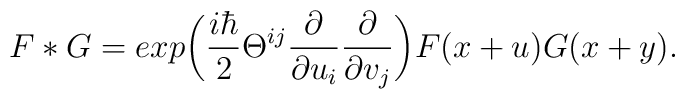
F * G = exp \bigg( {i\hbar \over 2} \Theta^{ij} {\partial \over \partial u_i}{\partial \over \partial v_j}\bigg) F(x +u) G(x+y).